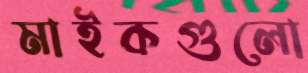
মাইকগুলো